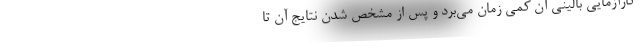
کارآزمایی بالینی آن کمی زمان می‌برد و پس از مشخص شدن نتایج آن تا